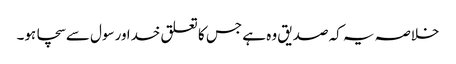
خلاصہ یہ کہ صدیق وہ ہے جس کا تعلق خدا ورسول سےسچا ہو۔